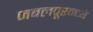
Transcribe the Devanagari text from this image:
जबलपूरम्ध्ये